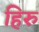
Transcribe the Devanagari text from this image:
हिरु